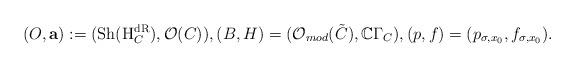
LaTeX: \begin{align*} (O,\mathbf a):=(\mathrm{Sh}(\mathrm H_C^{\mathrm{dR}}),\mathcal O(C)),(B,H)=(\mathcal O_{mod}(\tilde C),\mathbb C\Gamma_C), (p,f)=(p_{\sigma,x_0},f_{\sigma,x_0}). \end{align*}